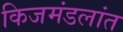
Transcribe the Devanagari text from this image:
किजमंडलांत